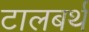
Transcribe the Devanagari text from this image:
टालबर्थ